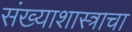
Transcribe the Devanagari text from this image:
संख्याशास्त्राचा